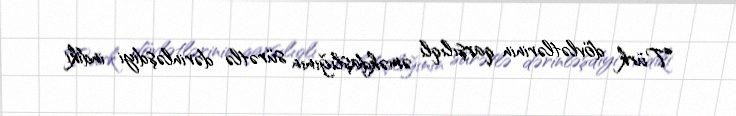
Türk dövlətlərinin qarşılıqlı əməkdaşlığının sürətlə dərinləşdiyi indiki